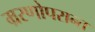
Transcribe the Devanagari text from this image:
म्ररणोपरान्त